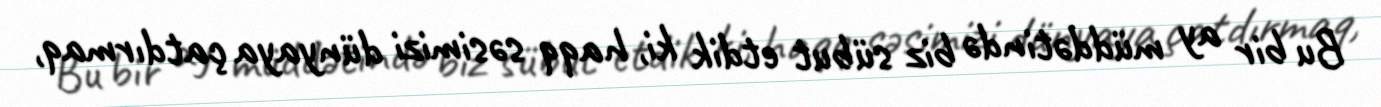
Bu bir ay müddətində biz sübut etdik ki, haqq səsimizi dünyaya çatdırmaq,